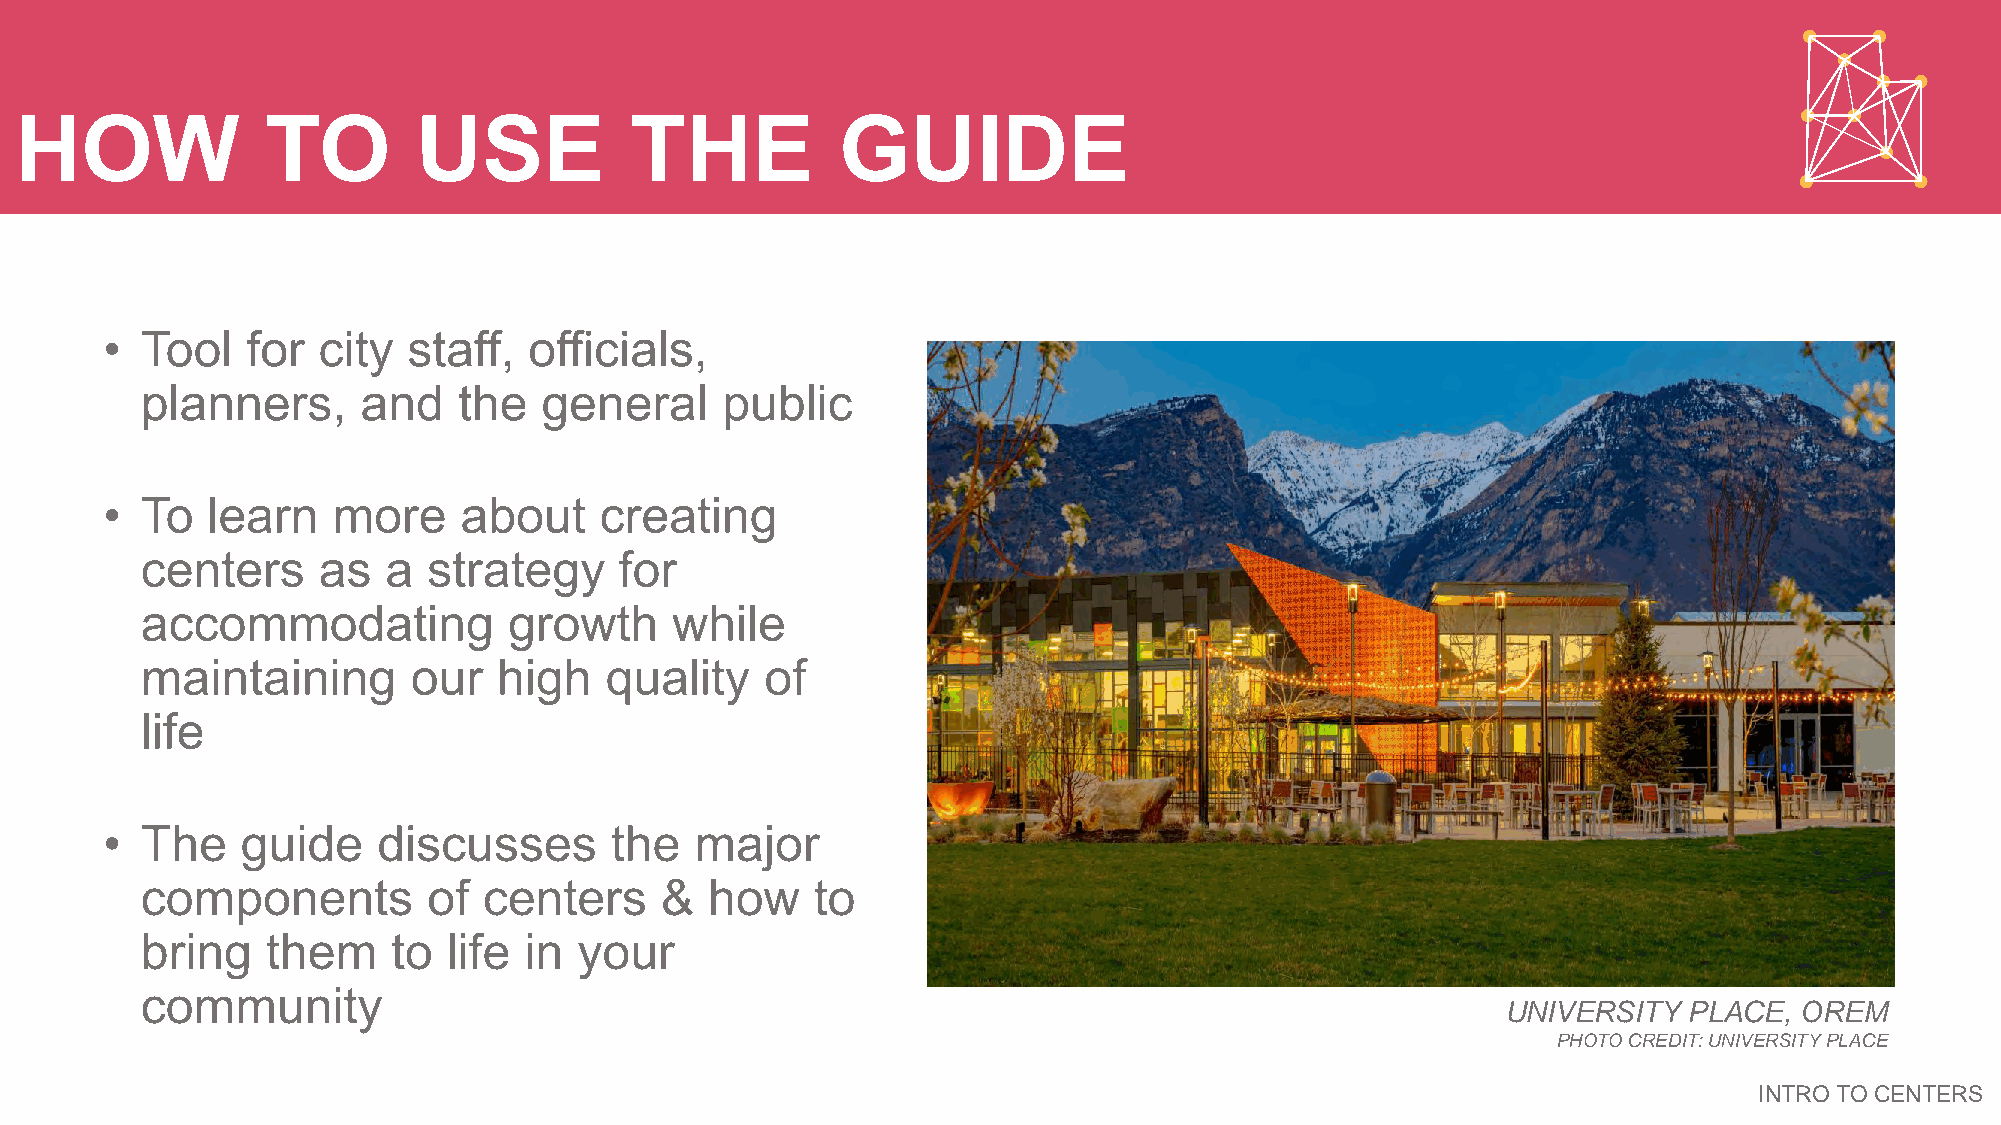
HOW              TO        USE           THE           GUIDE
 • Tool   for  city  staff,  officials,
 planners,      and   the   general     public
 • To   learn   more    about     creating
 centers     as   a strategy     for
 accommodating            growth    while
 maintaining       our   high   quality    of
 life
 • The    guide    discusses      the   major
 components         of  centers     &  how    to
 bring    them    to  life in your
 community
 UNIVERSITY  PLACE, OREM
 PHOTO CREDIT: UNIVERSITY PLACE
 INTRO TO CENTERS